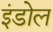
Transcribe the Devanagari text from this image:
इंडोल